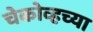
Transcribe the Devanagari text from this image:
चेकोव्हच्या